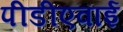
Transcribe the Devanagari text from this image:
पीडीएवाई